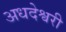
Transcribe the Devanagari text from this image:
अधदेश्वरी